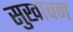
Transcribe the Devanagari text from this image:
सुखावन